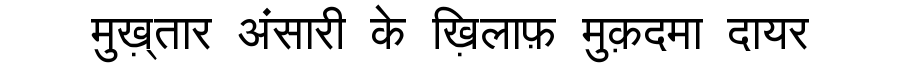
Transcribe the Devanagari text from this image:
मुख़्तार अंसारी के ख़िलाफ़ मुक़दमा दायर